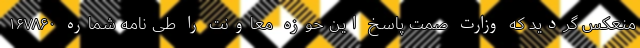
منعکس گردید که وزارت صمت پاسخ این حوزه معاونت را طی نامه شماره ۱۶۷۸۶۰